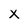
Character: X